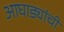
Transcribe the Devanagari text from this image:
आघाड्यांची